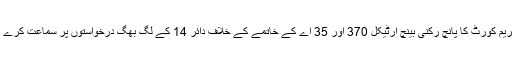
سپریم کورٹ کا پانچ رکنی بینچ آرٹیکل 370 اور 35 اے کے خاتمے کے خلاف دائر 14 کے لگ بھگ درخواستوں پر سماعت کرے گا۔